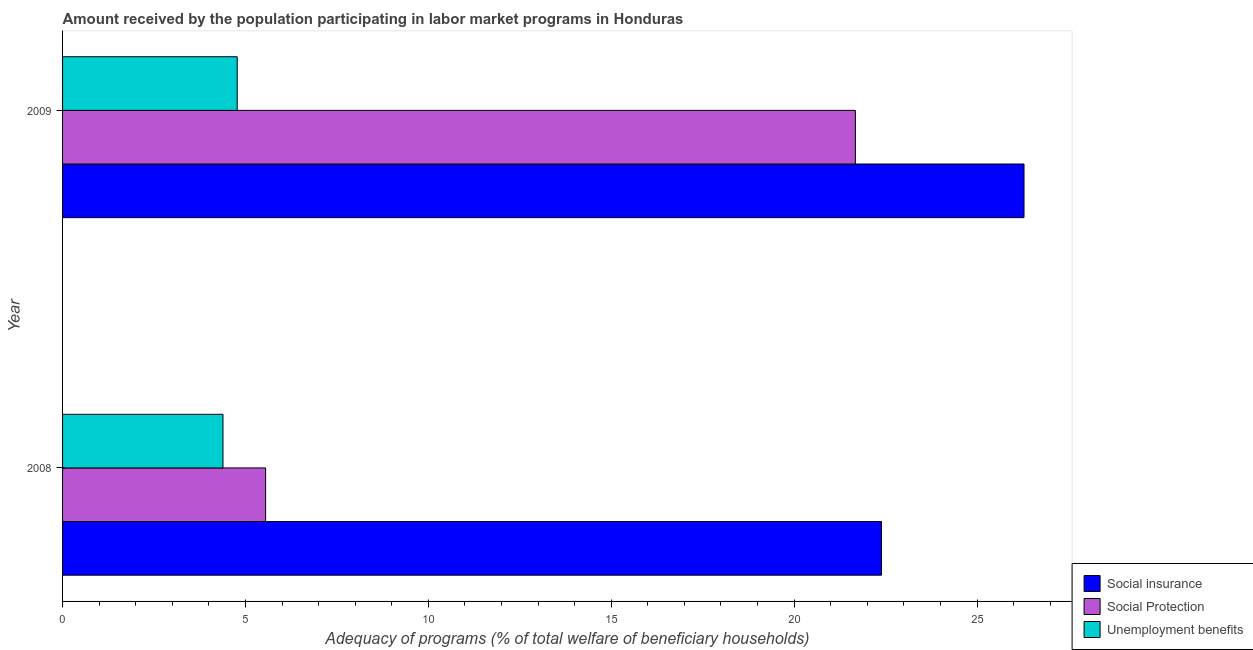
| Year | Social insurance | Social Protection | Unemployment benefits |
 | --- | --- | --- | --- |
 | 2008 | 22.4 | 5.55 | 4.39 |
 | 2009 | 26.3 | 21.7 | 4.77 |